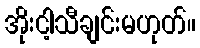
အိုးငါ့သီချင်းမဟုတ်။